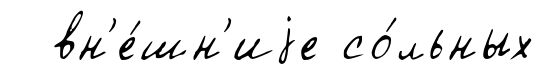
вн'е́шн'иjе со́льных